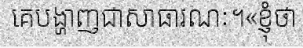
គេបង្ហាញជាសាធារណៈ។«ខ្ញុំថា